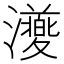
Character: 𭳨